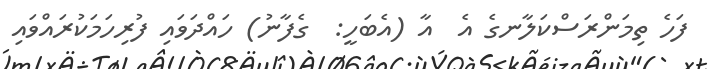
ފަހެ ތިމަންރަސްކަލާނގެ އެ  އާ (އެބަހީ:  ގެފާނު) ހައްދަވައި ފުރިހަމަކުރައްވައި